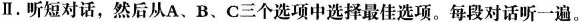
Ⅱ.听短对话,然后从A、B、C三个选项中选择最佳选项.每段对话听一遍。